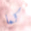
كما